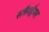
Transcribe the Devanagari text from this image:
स्लैगहैमर